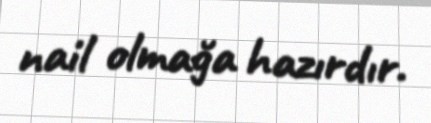
nail olmağa hazırdır.